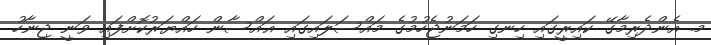
މ. އެންދެރިމާގޭ ކައިރީގައި ހިނގި ހަމަނުޖެހުމުގެ މައްސަލައިގައި ޣައްސާން ހައްޔަރުކޮށްފައި ވަނީ ޖިނާހު